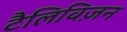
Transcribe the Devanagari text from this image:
टैलिविज़न